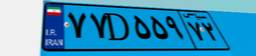
۳۷D۵۹۲۰۲